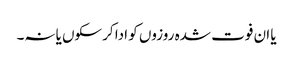
یا ان فوت شدہ روزوں کو ادا کرسکوں یانہ۔